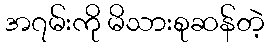
အ၇မ်းကို မိသားစုဆန်တဲ့